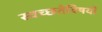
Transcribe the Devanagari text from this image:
स्वच्छतेविषयी